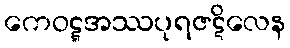
ကေဝဋ္ဋအဿပုရဇဋိလေန